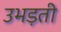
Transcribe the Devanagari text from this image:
उभड़ती